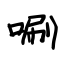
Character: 唰